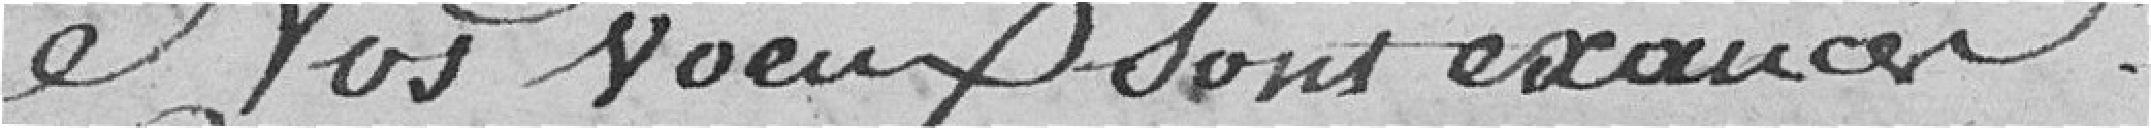
Nos vœux sont exaucés !